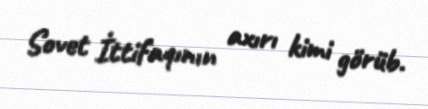
Sovet İttifaqının axırı kimi görüb.